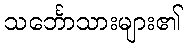
သင်္ဘောသားများ၏